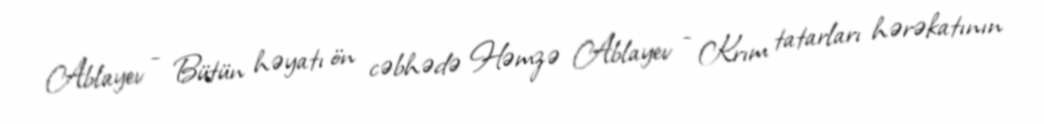
Ablayev - Bütün həyatı ön cəbhədə Həmzə Ablayev - Krım tatarları hərəkatının